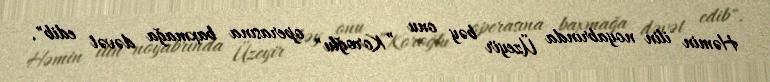
Həmin ilin noyabrında Üzeyir bəy onu ”Koroğlu" operasına baxmağa dəvət edib".